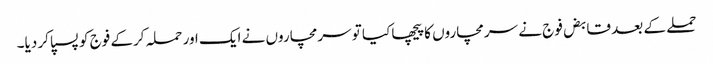
حملے کے بعد قابض فوج نے سرمچاروں کا پیچھا کیا تو سرمچاروں نے ایک اور حملہ کرکے فوج کو پسپا کر دیا۔